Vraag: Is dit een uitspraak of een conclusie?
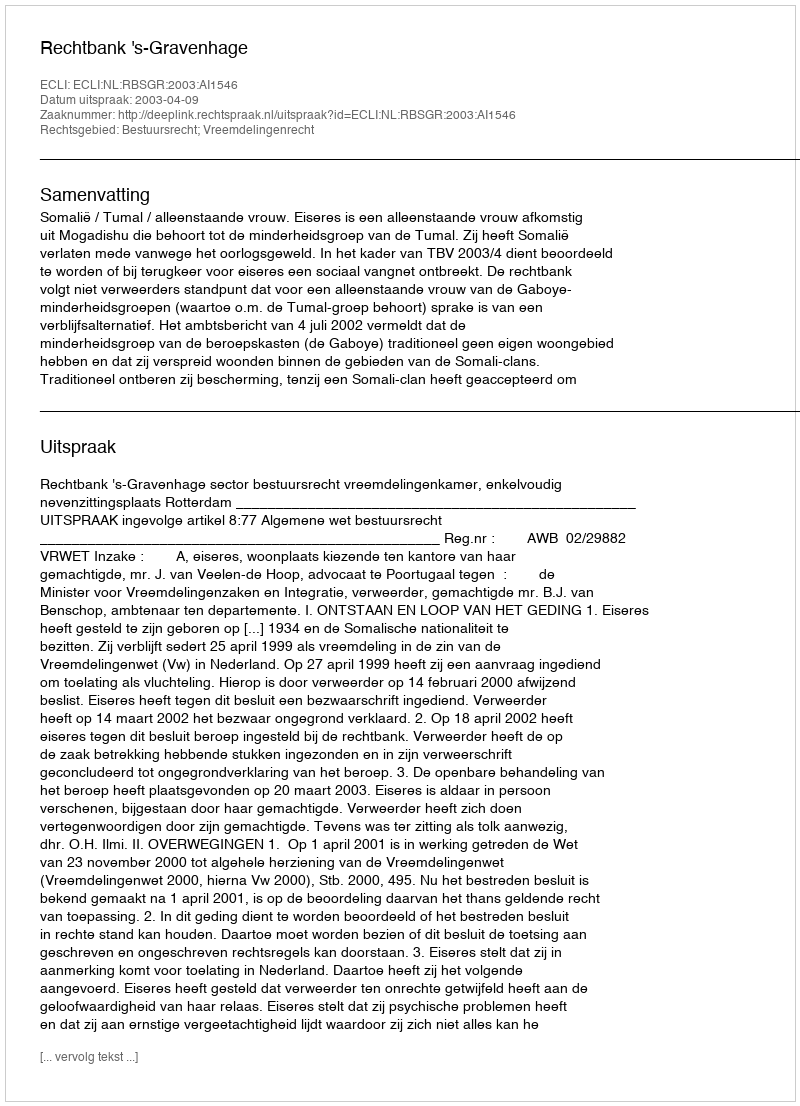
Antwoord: Uitspraak